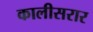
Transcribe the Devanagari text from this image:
कालीसरार